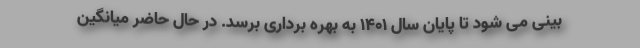
بینی می شود تا پایان سال 1401 به بهره برداری برسد. در حال حاضر میانگین